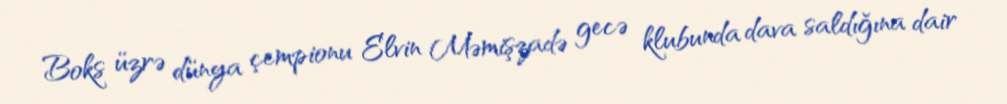
Boks üzrə dünya çempionu Elvin Məmişzadə gecə klubunda dava saldığına dair